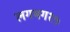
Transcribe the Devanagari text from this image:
लगभग१५